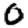
Digit: 0